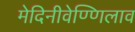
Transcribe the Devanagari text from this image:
मेदिनीवेण्णिलाव